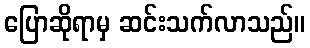
ပြောဆိုရာမှ ဆင်းသက်လာသည်။